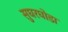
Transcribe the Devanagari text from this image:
सुघरघोडा